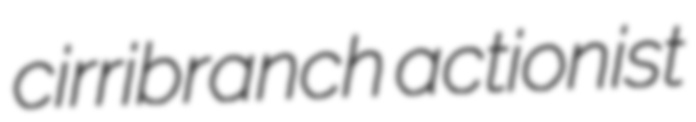
cirribranch actionist